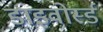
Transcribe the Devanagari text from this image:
डाइवोर्स्ड